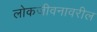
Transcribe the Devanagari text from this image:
लोकजीवनावरील